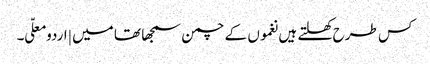
کس طرح کھلتے ہیں نغموں کے چمن سمجھا تھا میں | اردو معلّی ۔